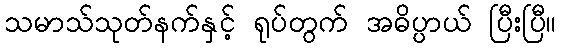
သမာသ်သုတ်နက်နှင့် ရုပ်တွက် အဓိပ္ပာယ် ပြီးပြီ။